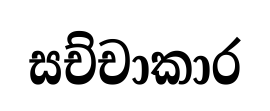
සච්චාකාර